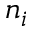
n _ { i }